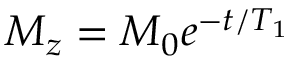
M _ { z } = M _ { 0 } e ^ { - t / T _ { 1 } }